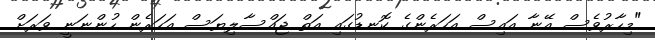
"މިހާރުވެސް އޭނާ އައިސް އަހަރެންގެ ކޮނޑުގައި އަތް ޖައްސާލިޔަސް އަހަރެން ހުންނަނީ ވަރަށް